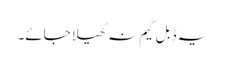
یہ ڈبل گیم نہ کھیلا جائے۔